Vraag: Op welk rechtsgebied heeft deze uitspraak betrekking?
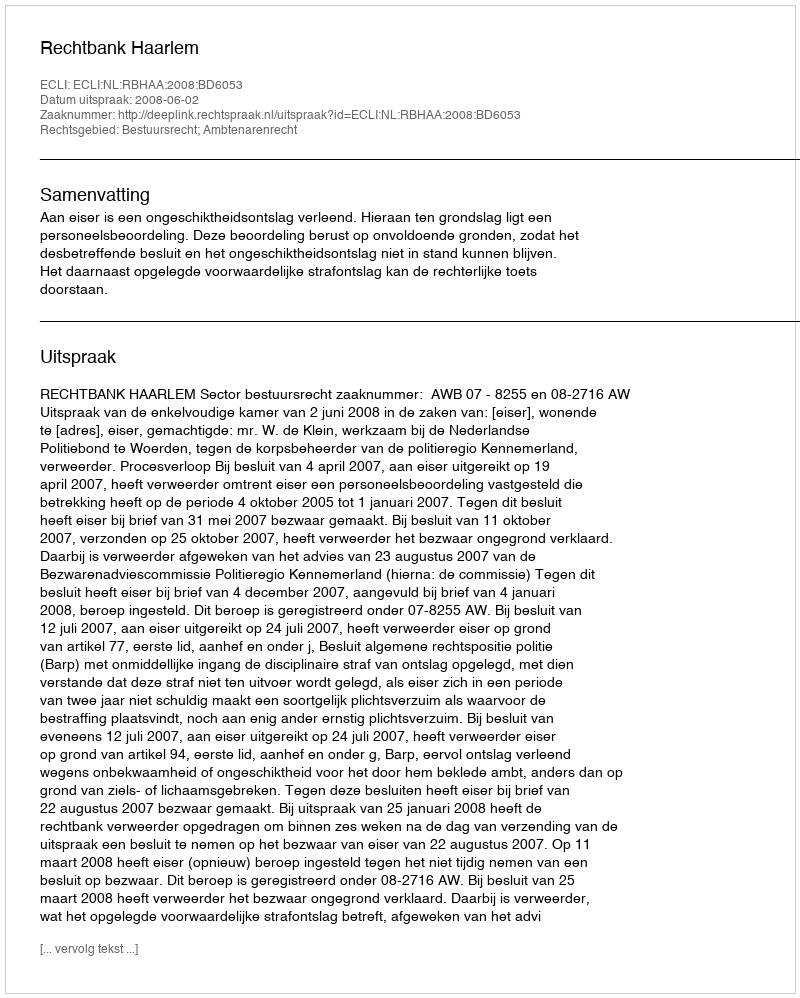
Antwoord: Bestuursrecht; Ambtenarenrecht